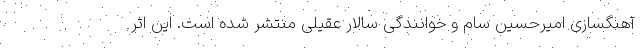
آهنگسازی امیرحسین سام و خوانندگی سالار عقیلی منتشر شده است. این اثر